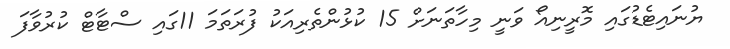
ޔުނައިޓެޑުގައި މޮރީނިއޯ ވަނީ މިހާތަނަށް 15 ކުޅުންތެރިއަކު ފުރަތަމަ 11ގައި ސްޓާޓް ކުރުވާފަ